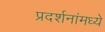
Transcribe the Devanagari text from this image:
प्रदर्शनांमध्ये